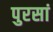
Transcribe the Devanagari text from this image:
पुरसां